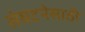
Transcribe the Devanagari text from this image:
संघटनेसाठी